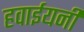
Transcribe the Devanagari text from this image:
हवाईयनी